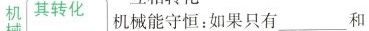
机其转化 机械能守恒：如果只有___和